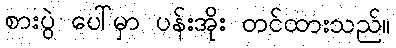
စားပွဲ ပေါ်မှာ ပန်းအိုး တင်ထားသည်။